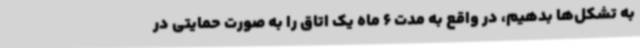
به تشکل‌ها بدهیم، در واقع به مدت 6 ماه یک اتاق را به صورت حمایتی در